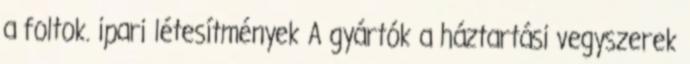
a foltok. ipari létesítmények A gyártók a háztartási vegyszerek